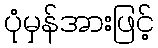
ပုံမှန်အားဖြင့်